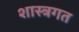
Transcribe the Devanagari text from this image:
शास्त्रगत